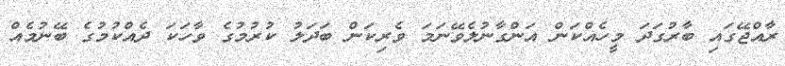
ރާއްޖޭގައި ބާރުގަދަ މީހެއްކަން އަންގާނުލެވޭނަމަ ވެރިކަން ބަދަލު ކުރުމުގެ ވާހަކަ ދެއްކުމުގެ ބޭނުމެއް